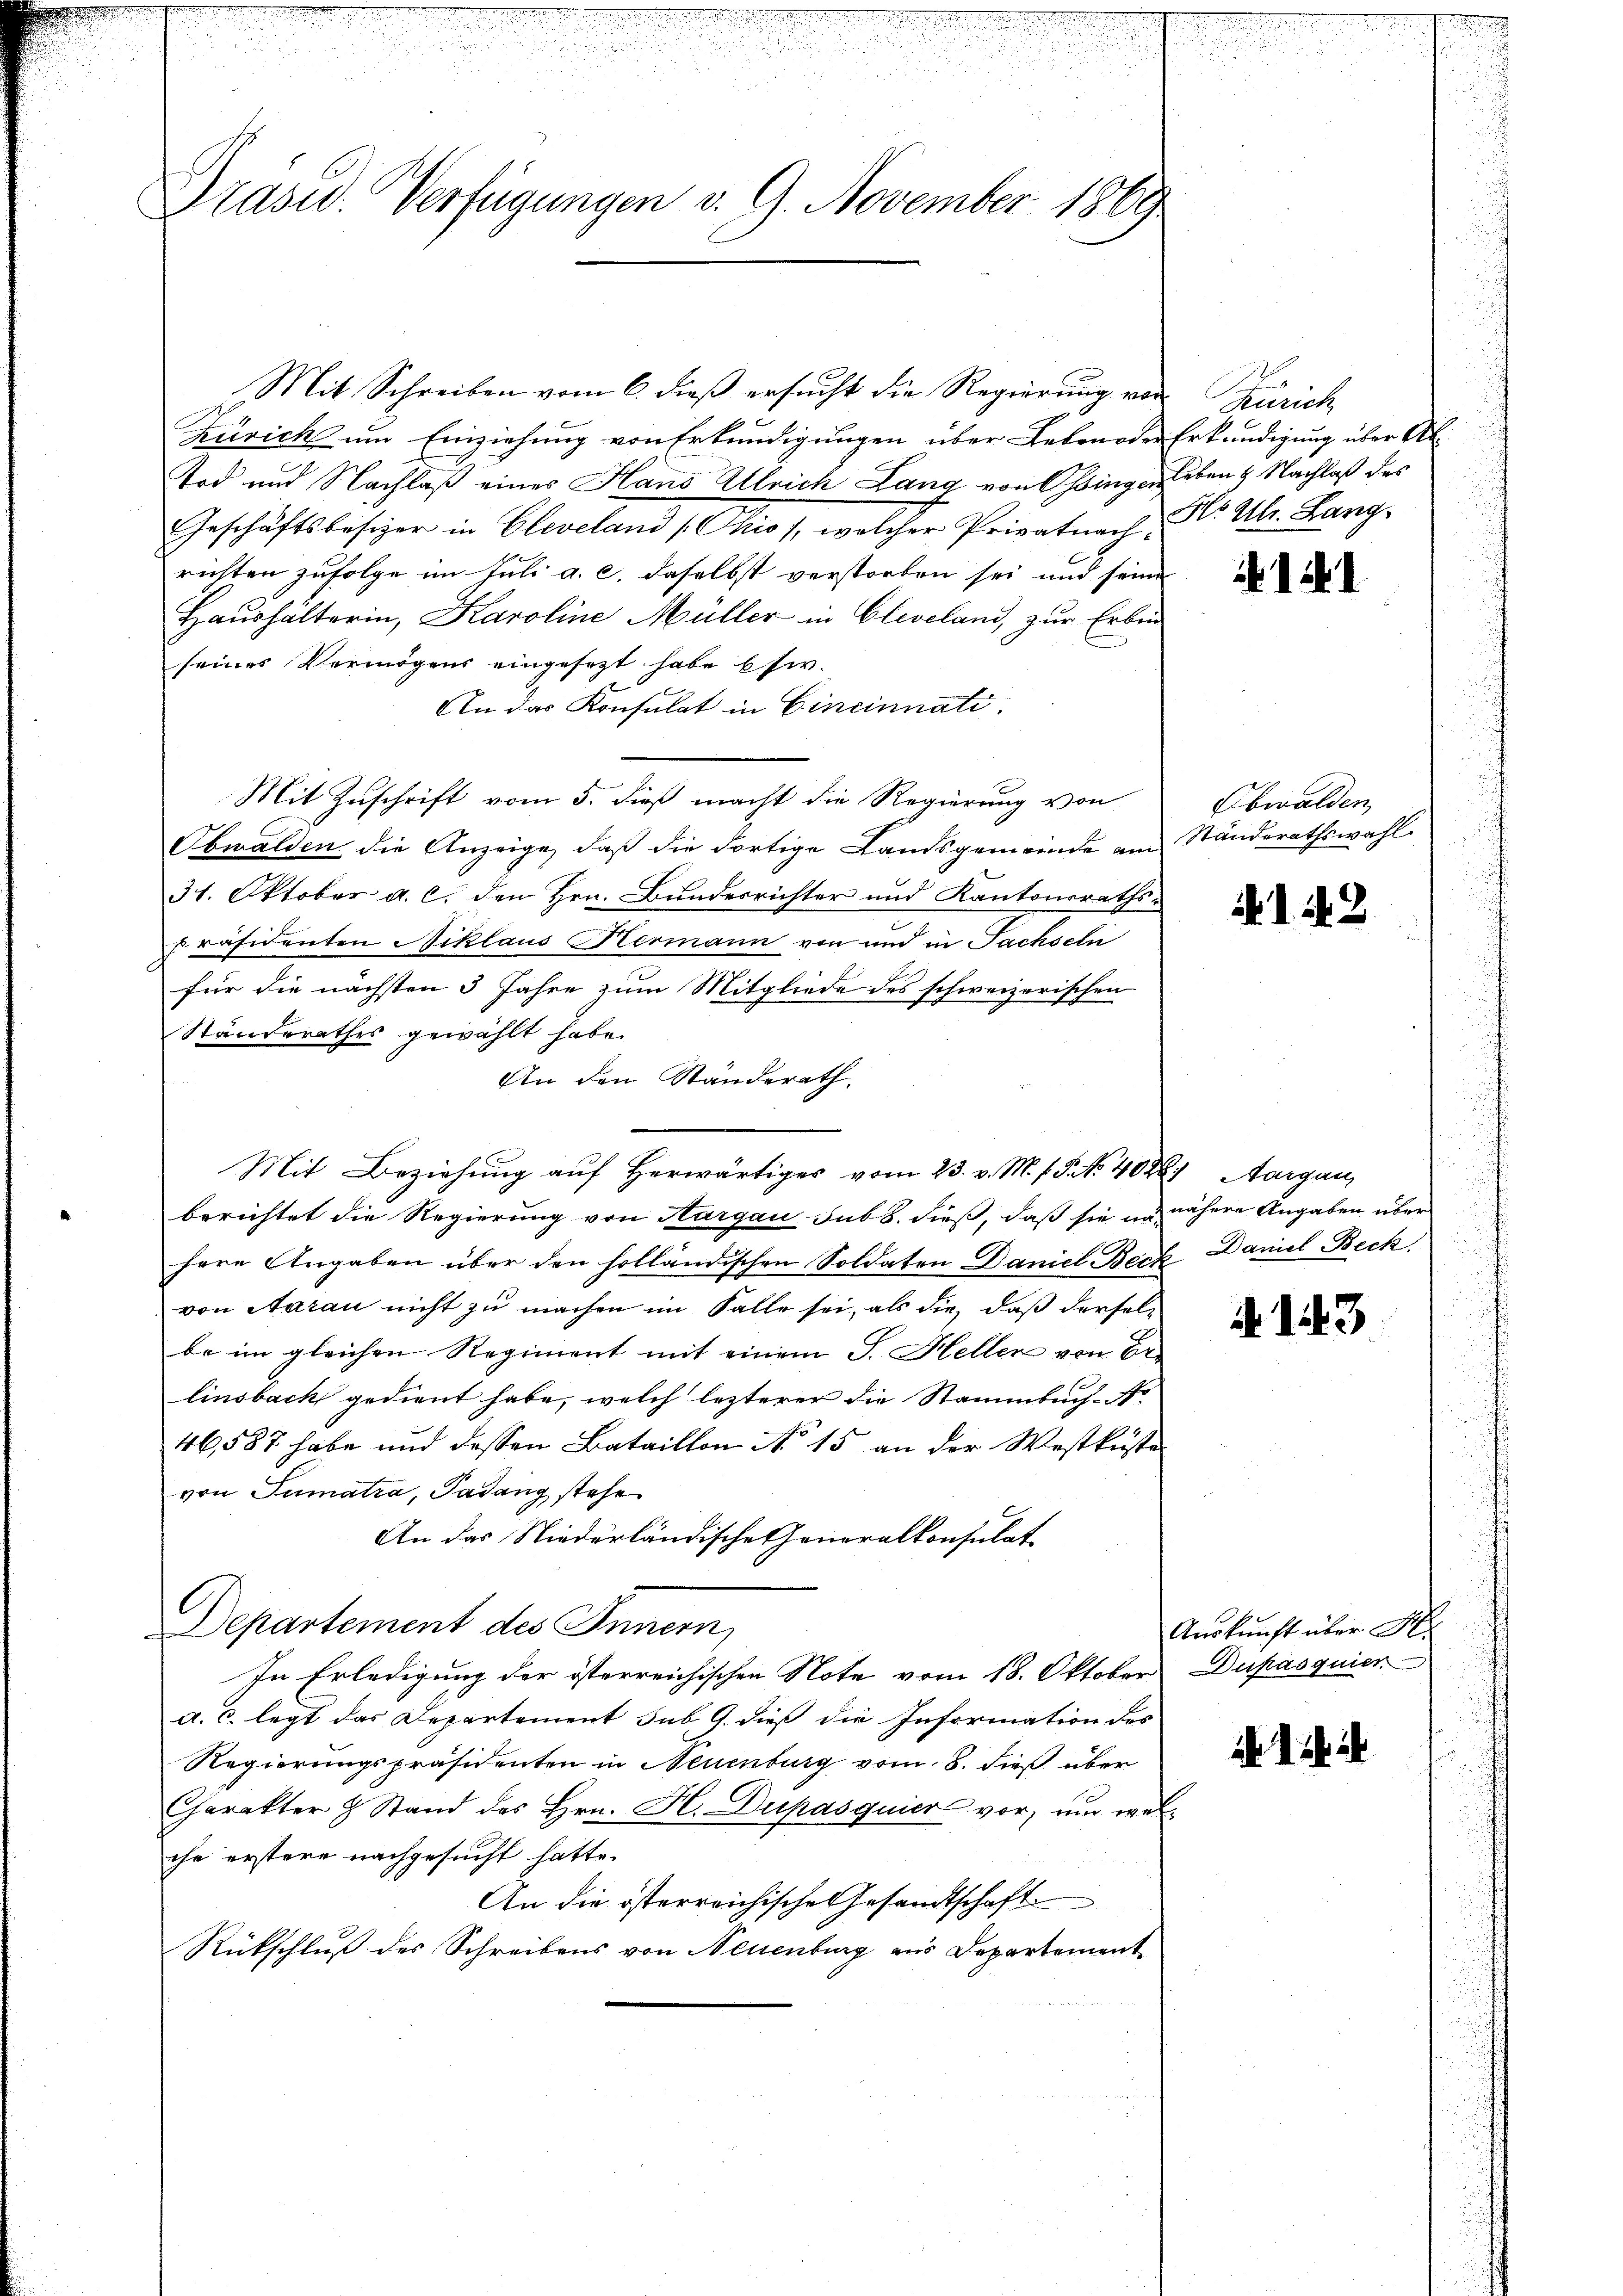
Präsid. Verfügungen v. 9. November 1869

Mit Schreiben vom 6. dieβ ersucht die Regierung von Zürich
Zürich um Einziehung von Erkundigungen über Leben oder Erkundigung über Ab
Tod und Nachlaß eines Hans Ulrich Lang von Ossingenleben & Nachlaß des
Geschäftsbesizer in Cleveland (Chio 1, welcher Privatnach als Ulr. Bang
richten zufolge im Juli a. c. daselbst verstorben sei und seine
Haushälterin, Karoline Müller in Cleveland, zur Erben
seines Vermögens eingesezt habe Esi.
An das Konsulat in Cincinnati
Mit Zuschrift vom 5. dieß macht die Regierung von
Obwalden die Anzeige, daß die dortige Landsgemeinde am Standerathswahl
31. Oktober a. c. den Hrn. Bundesrichter und Kantonsraths-
präsidenten Niklaus Hermann von und in Sachseli
für die nächsten 3 Jahre zum Mitgliede des schweizerischen
Ständerathes gewählt habe.
An den Ständerath.
Mit Beziehung auf herwärtiges vom 23. v. M. f. P. Nr. 40228) Aargau
berichtet die Regierung von Hargau sub b. dieß, daß sie in nähere Angaben über
here Angaben über den holländischen Soldaten Daniel Beck, Daniel Beck
von Aarau nicht zu machen im Falle sei, als die, daß derselbe im gleichen Regiment mit einem J. Heller von Er-
linsback gedient habe, welch lezterer die Stammbuch-A
46,587 habe und dessen Bataillon No 15 an der Westküste
von Sumatra, Padung stehe
An das Niederländischeheneralkonsulat
Departement des Innern,
In Erledigung der österreichischen Note vom 18. Oktober Dupasquier
d. c. legt das Departement sub 9. dieß die Information des
Regierungspräsidenten in Neuenburg vom 8. dieß über
Charakter & Stand des Hrn. H. Dupasquier vor, und welche erstere nachgesucht hatte.
An die österreichische Gesandtschaft
Rückschluß des Schreibens von Neuenburg aus Departement

11

Obwalden,

I 48

i. 143

Auskunft über H

1. 2